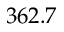
3 6 2 . 7